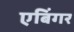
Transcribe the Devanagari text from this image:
एबिंगर